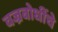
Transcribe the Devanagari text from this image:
वज्रबोधींचे